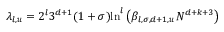
\lambda _ { l , u } = 2 ^ { l } 3 ^ { d + 1 } ( 1 + \sigma ) \mathrm { l n } ^ { l } \left( \beta _ { l , \sigma , d + 1 , u } N ^ { d + k + 3 } \right)